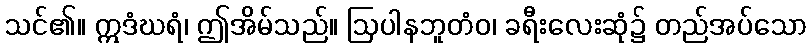
သင်၏။ ဣဒံဃရံ၊ ဤအိမ်သည်။ ဩပါနဘူတံဝ၊ ခရီးလေးဆုံ၌ တည်အပ်သော